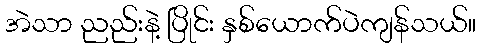
အဲသာ ညည်းနဲ့ ပြိုင်း နှစ်ယောက်ပဲကျန်သယ်။